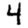
Digit: 4